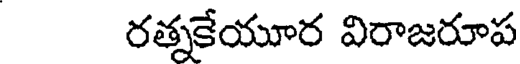
రత్నకేయూర విరాజరూప